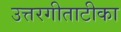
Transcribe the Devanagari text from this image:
उत्तरगीताटीका